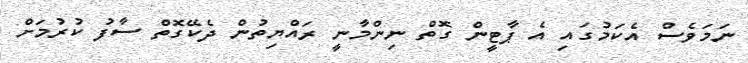
ނަމަވެސް އެކަމުގައި އެ ޕާޓީން ގޮތް ނިންމާނީ ރައްޔިތުން ދެކޭގޮތް ސާފު ކުރުމަށް